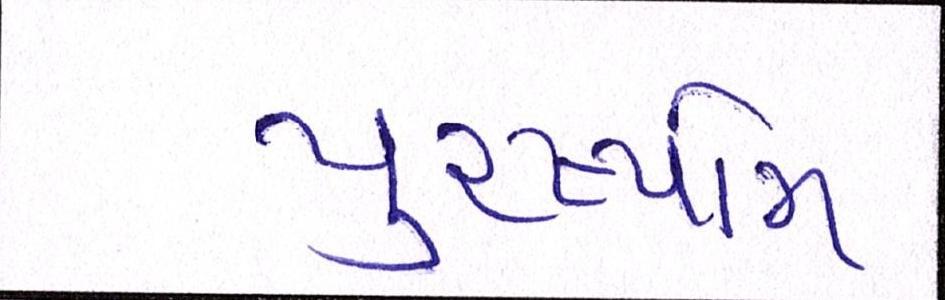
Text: પુરષોત્તમ